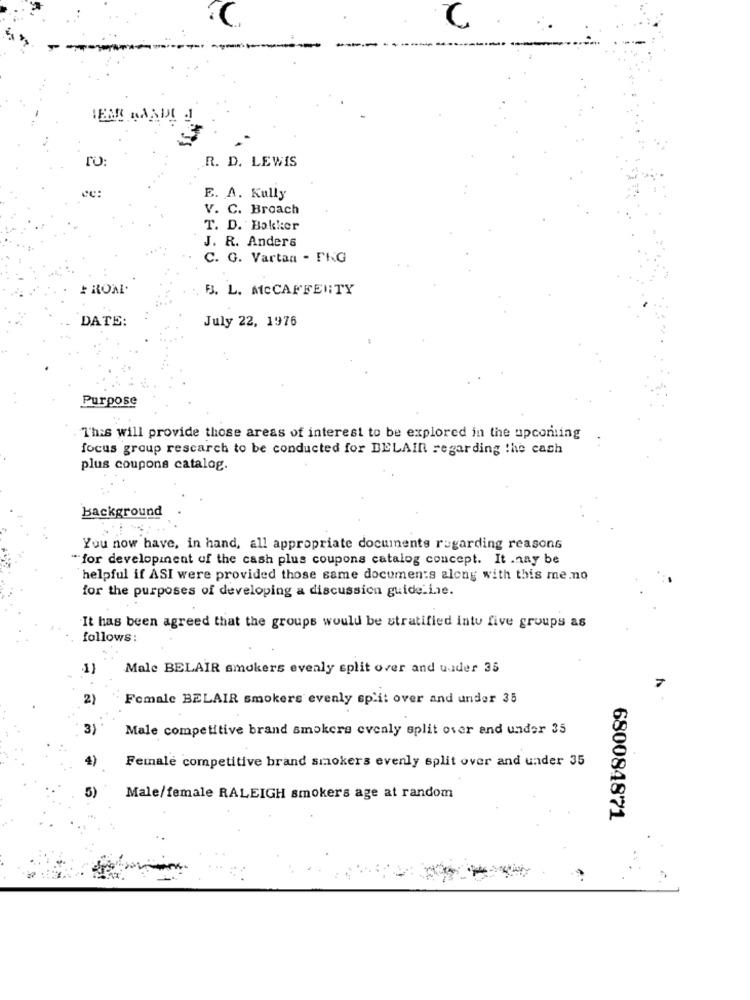
C.
R. D. LEWIS
E. A. Kully
V. C. Broach
T. D. Bakker
J. R. Anders
C. G. Vartan - FRG
ROM.
B. L. MCCAFFERTY
DATE:
July 22, 1976
Purpose
This will provide those areas of interest to be explored in the upcoming
focus group rescarch to be conducted for BELAIn regarding the cash
plus coupons catalog.
Background
You now have, in hand, all appropriate documents regarding reasons
"for development of the cash plus coupons catalog concept. It .nay be
helpful if ASI were provided those same documents along with this me.no
for the purposes of developing a discussion guide.i.e.
It has been agreed that the groups would be stratified intu five groups as
follows:
Male BELAIR smokers evenly split over and under 35
Female BELAIR smokers evenly split over and under 35
Male competitive brand smokers evenly split over and under 35
Female competitive brand smokers evenly split over and under 35
5)
Male/female RALEIGH smokers age at random
680084871